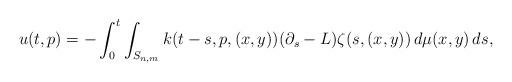
LaTeX: \begin{align*}u(t,p) = -\int_0^t \int_{S_{n,m}} k(t-s,p,(x,y))(\partial_s-L)\zeta(s,(x,y))\,d\mu(x,y)\, ds,\end{align*}